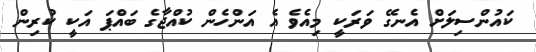
ކައުންސިލަށް އެނގޭ ވަރަކީ މިއެވެ އެ އަންހެން ކުއްޖާގެ ބައްޕަ އަކީ ކުރިން